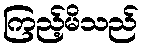
ကြည့်မိသည်